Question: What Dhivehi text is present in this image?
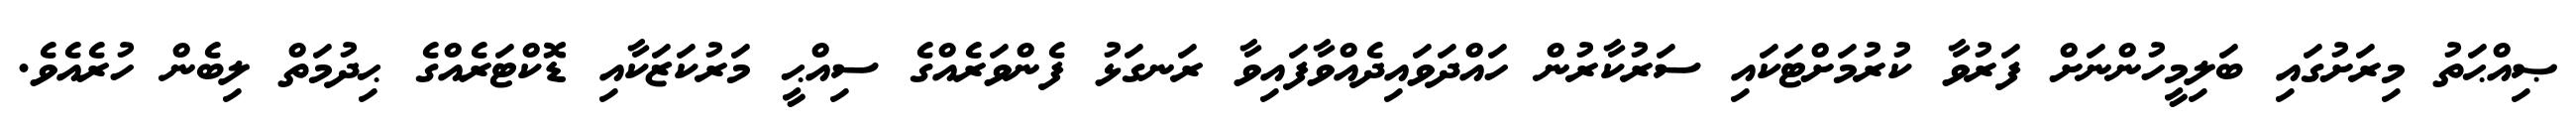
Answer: ޞިއްޙަތު މިރަށުގައި ބަލިމީހުންނަށް ފަރުވާ ކުރުމަށްޓަކައި ސަރުކާރުން ހައްދަވައިދެއްވާފައިވާ ރަނގަޅު ފެންވަރެއްގެ ސިއްޙީ މަރުކަޒަކާއި ޑޮކްޓަރެއްގެ ޙިދުމަތް ލިބެން ހުރެއެވެ.